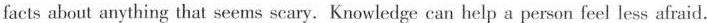
facts about anything that seems scary. Knowledge can help a person feel less afraid.